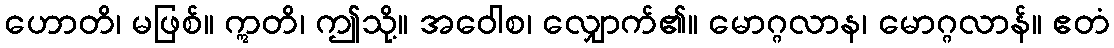
ဟောတိ၊ မဖြစ်။ ဣတိ၊ ဤသို့။ အဝေါစ၊ လျှောက်၏။ မောဂ္ဂလာန၊ မောဂ္ဂလာန်။ ဧတံ